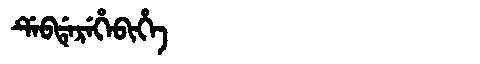
Manchu: ᡩᡝᠪᡩᡝᡵᡝᡥᡝᠪᡳᡥᡝ
Romanization: DEBDEREHEBIHE